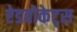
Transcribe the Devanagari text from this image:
ऐडवोकेट्स